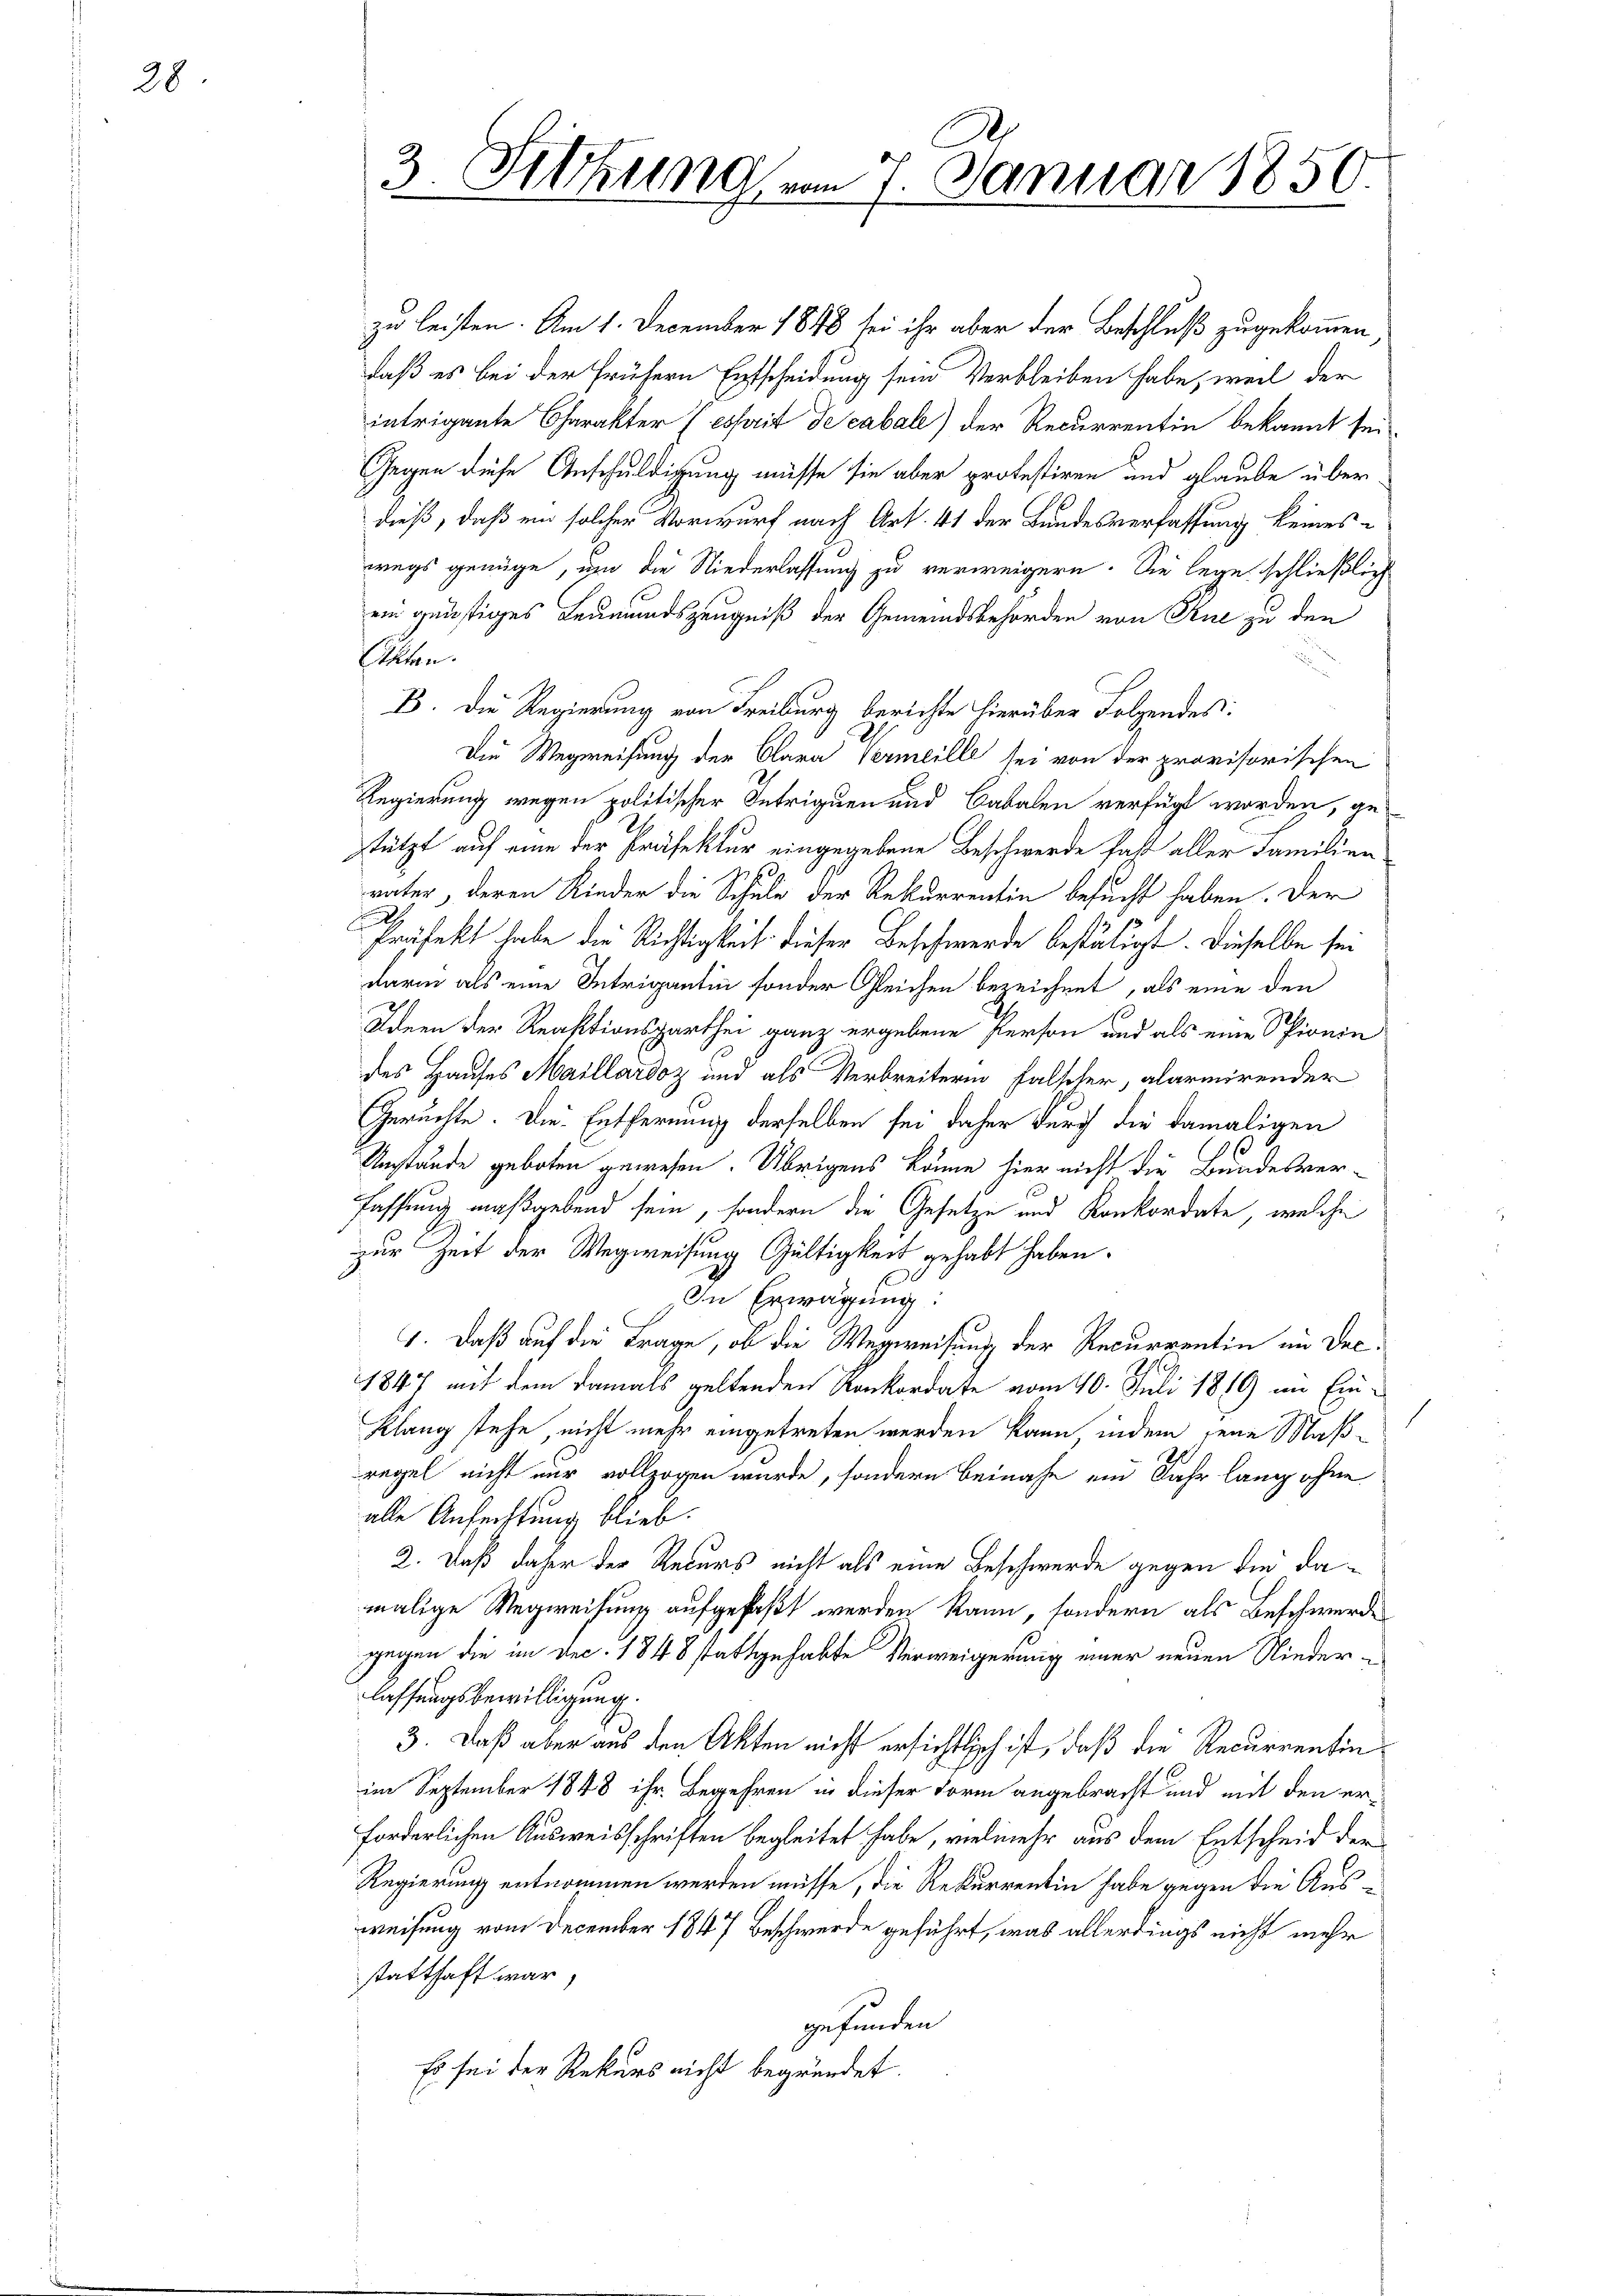
28

zu leisten. Am 1. December 1848 sei ihr aber der Beschluß zugekommen
daß es bei der frühern Entscheidung sein Verbleiben habe, weil der
intrigante Charakter (esprit de cabale) der Recurrentin bekannt sei
Gegen diese Anschuldigung müsse sie aber protestiren und glaube über
dieß, daß ein solcher Vorwurf nach Art. 41 der Bundesverfassung keines
wegs genüge, um die Niederlassung zu verweigern. Sie lege schließlich
ein günstiges Leumundszeugniß der Gemeindsbehörden von Rue zu den
Etten
B. Die Regierung von Freiburg berichte hierüber Folgendes:
Die Wegweisung der Clara Vermeille sei von der provisorischen
Regierung wegen politischer Intriquen und Cabalen verfügt worden, gestützt auf eine der Präfektur eingegebene Beschwerde fast aller Familien¬
77
vater, deren Kinder die Schule der Rekurrentin besucht haben. Der
Präfekt habe die Richtigkeit dieser Beschwerde bestätigt. Dieselbe sei
darin als eine Intrigantin sonder Gleichen bezeichnet, als eine den
Ideen der Reaktionsparthei ganz ergebene Person und als eine Spionin
des Hauses Maillardoz und als Verbreiterin falscher, alarmirender
Geruchte. Die Entfernung derselben sei daher durch die damaligen
Umstände geboten gewesen. Übrigens könne hier nicht die Bundesverfassung maßgebend sein, sondern die Gesetze und Konkordate, welche
zur Zeit der Wegweisung Gültigkeit gehabt haben.
In Erwägung:
1. Daß auf die Frage, ob die Wegweisung der Recurrentin in Dec.
1847 mit dem damals geltenden Konkordate vom 10. Juli 1819 im Ein-
Klang stehe, nicht mehr eingetreten werden kann, indem jene Maßregel nicht nur vollzogen wurde, sondern Beinahe ein Jahr lang ohne
alle Anfechtung blieb.
2. Daß daher der Recurs nicht als eine Beschwerde gegen die damalige Wegweisung aufgefaßt werden kann, sondern als Beschwerde
gegen die im Dec. 1848 stattgehabte Verweigerung einer neuen Niederlassungsbewilligung.
3. Daß aber aus den Akten nicht ersichtlich ist, daß die Recurrentinim September 1848 ihr Begehren in dieser Form angebracht und mit den erforderlichen Ausweisschriften begleitet habe, vielmehr aus dem Entscheid der
Regierung entnommen werden müsse, die Rekurrentin habe gegen die Ausweisung vom December 1847 Beschwerde geführt, was allerdings nicht mehr
statthaft war,
gefunden
Es sei der Rekurs nicht begründet.

d
3. Sitzung vom 7. Januar 1850.